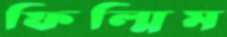
ফিল্মিম